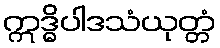
ဣဒ္ဓိပါဒသံယုတ္တံ